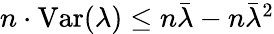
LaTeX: \begin{array}{r}{n\cdot\mathrm{Var}(\lambda)\leq n\bar{\lambda}-n\bar{\lambda}^{2}}\end{array}